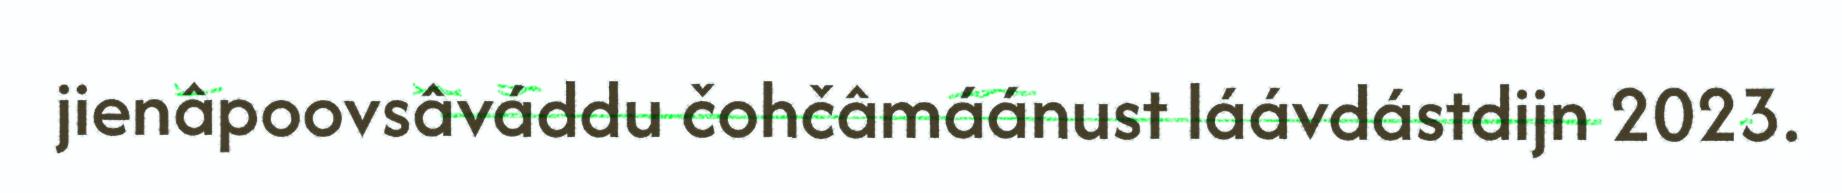
jienâpoovsâváddu čohčâmáánust láávdástdijn 2023.